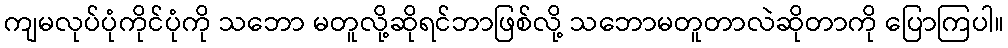
ကျမလုပ်ပုံကိုင်ပုံကို သဘော မတူလို့ဆိုရင်ဘာဖြစ်လို့ သဘောမတူတာလဲဆိုတာကို ပြောကြပါ။